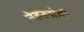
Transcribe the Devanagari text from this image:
नेहरूप्रेमी